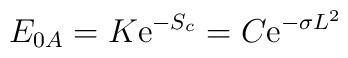
E_{0A}= K {\rm e}^{-S_c}=C{\rm e}^{-\sigma L^2}